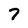
Character: 7